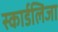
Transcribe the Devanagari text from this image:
स्कार्डलिजा